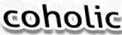
coholic